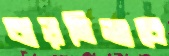
বাড়তিভাবে